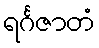
ရင်္ဂဇာတံ